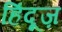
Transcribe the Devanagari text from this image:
हिंदूज़